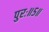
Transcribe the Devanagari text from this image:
पुरः॥५॥